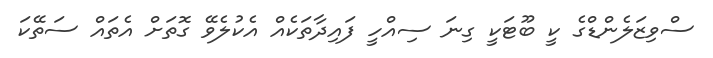
ސްވިޒަލެންޑްގެ ކީ ބޫޓަކީ ގިނަ ސިއްހީ ފައިދާތަކެއް އެކުލެވޭ ގޮތަށް އެތައް ސަތޭކަ